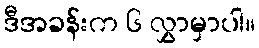
ဒီအခန်းက ၆ လွှာမှာပါ။